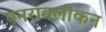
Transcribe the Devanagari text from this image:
पनरावलोकन